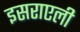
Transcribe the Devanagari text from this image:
इसराएली